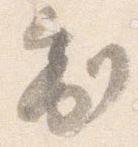
制